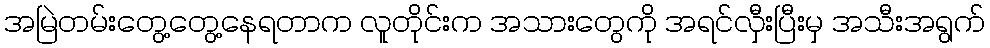
အမြဲတမ်းတွေ့တွေ့နေရတာက လူတိုင်းက အသားတွေကို အရင်လှီးပြီးမှ အသီးအရွက်